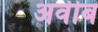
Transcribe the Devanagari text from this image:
अवीब